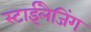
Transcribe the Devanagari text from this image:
स्टाईलैजिंग